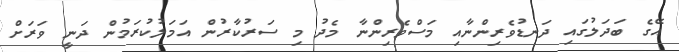
އޭގެ ބަދަލުގައި ދަނޑުވެރިންނާއި މަސްވެރިންނާ މެދު މި ސަރުކާރުން އަމަލުކުރަމުން ދަނީ ވަރަށް